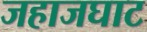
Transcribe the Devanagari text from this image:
जहाजघाट